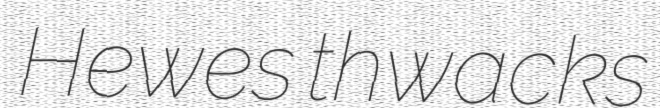
Hewes thwacks